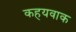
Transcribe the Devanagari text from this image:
कहयवाक